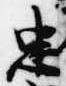
忠